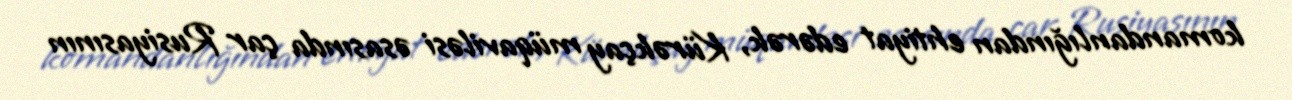
komandanlığından ehtiyat edərək, Kürəkçay müqaviləsi əsasında çar Rusiyasının